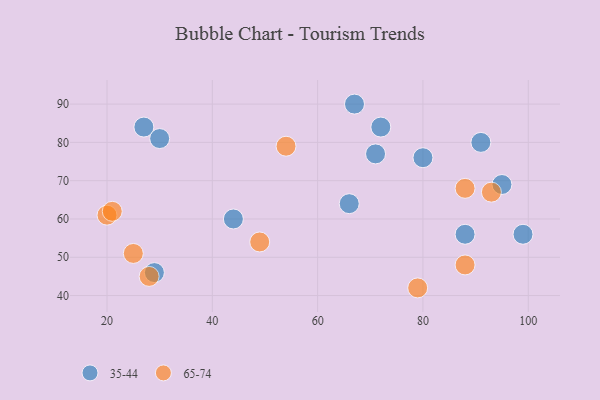
{"axis": {"x": "GDP", "y": "Life Expectancy"}, "legend": ["35-44", "65-74"], "data": [{"x": "71", "y": 77, "type": "35-44"}, {"x": "91", "y": 80, "type": "35-44"}, {"x": "88", "y": 56, "type": "35-44"}, {"x": "99", "y": 56, "type": "35-44"}, {"x": "72", "y": 84, "type": "35-44"}, {"x": "27", "y": 84, "type": "35-44"}, {"x": "66", "y": 64, "type": "35-44"}, {"x": "95", "y": 69, "type": "35-44"}, {"x": "30", "y": 81, "type": "35-44"}, {"x": "44", "y": 60, "type": "35-44"}, {"x": "67", "y": 90, "type": "35-44"}, {"x": "29", "y": 46, "type": "35-44"}, {"x": "80", "y": 76, "type": "35-44"}, {"x": "28", "y": 45, "type": "65-74"}, {"x": "79", "y": 42, "type": "65-74"}, {"x": "54", "y": 79, "type": "65-74"}, {"x": "20", "y": 61, "type": "65-74"}, {"x": "21", "y": 62, "type": "65-74"}, {"x": "25", "y": 51, "type": "65-74"}, {"x": "49", "y": 54, "type": "65-74"}, {"x": "93", "y": 67, "type": "65-74"}, {"x": "88", "y": 68, "type": "65-74"}, {"x": "88", "y": 48, "type": "65-74"}]}